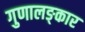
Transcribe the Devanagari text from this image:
गुणालङ्कार